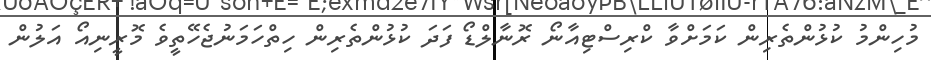
މުހިންމު ކުޅުންތެރިން ކަމަށްވާ ކްރިސްޓިއާނޯ ރޮނާލްޑޯ ފަދަ ކުޅުންތެރިން ހިތްހަމަނުޖެހޭތީވެ މޮރީނިއޯ އަލުން